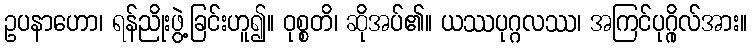
ဥပနာဟော၊ ရန်ညိုးဖွဲ့ခြင်းဟူ၍။ ဝုစ္စတိ၊ ဆိုအပ်၏။ ယဿပုဂ္ဂလဿ၊ အကြင်ပုဂ္ဂိုလ်အား။